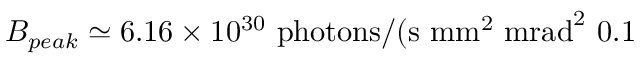
B _ { p e a k } \simeq 6 . 1 6 \times 1 0 ^ { 3 0 } \ \mathrm { p h o t o n s } / ( \mathrm { s } \ \mathrm { m m } ^ { 2 } \ \mathrm { m r a d } ^ { 2 } \ 0 . 1 \